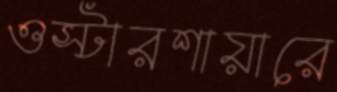
ওস্টারশায়ারে